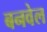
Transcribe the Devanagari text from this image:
बनवेल